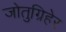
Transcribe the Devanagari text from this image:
जोतुग्रिहेर